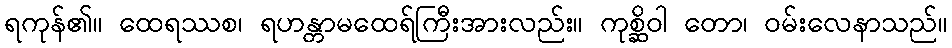
ရကုန်၏။ ထေရဿစ၊ ရဟန္တာမထေရ်ကြီးအားလည်း။ ကုစ္ဆိဝါ တော၊ ဝမ်းလေနာသည်။